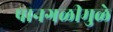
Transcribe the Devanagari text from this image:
पानगळीमुळे